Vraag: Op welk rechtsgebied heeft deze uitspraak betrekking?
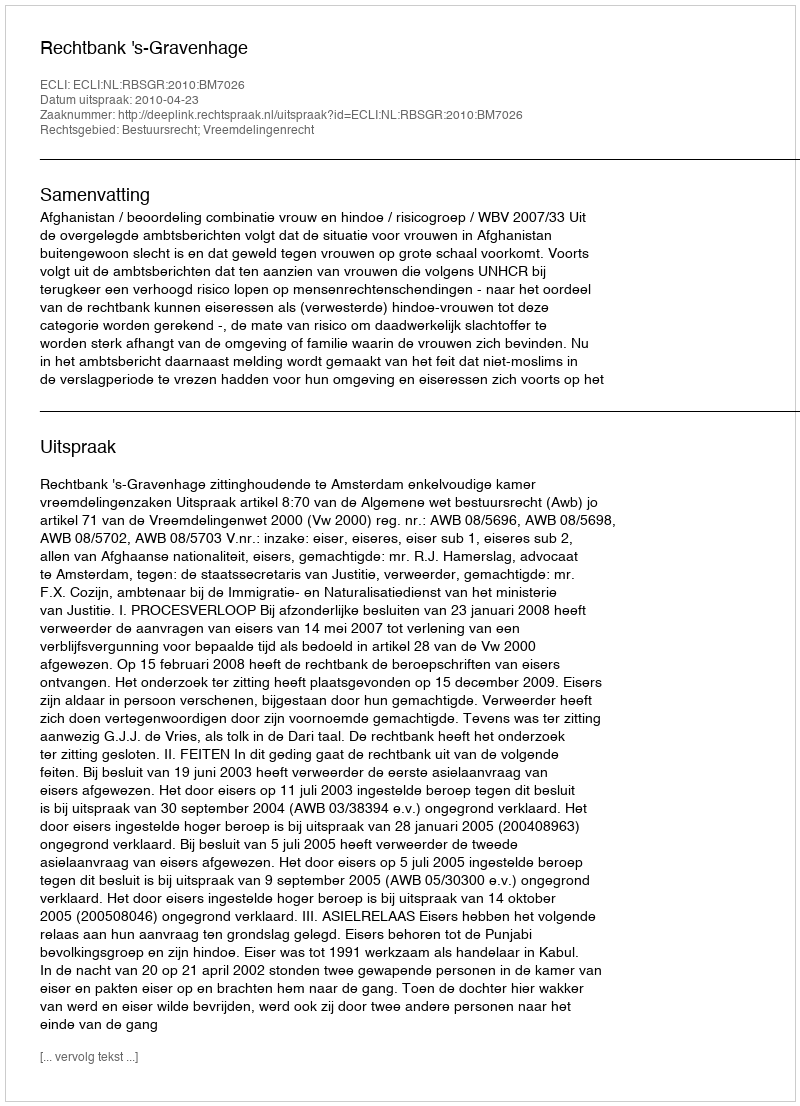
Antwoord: Bestuursrecht; Vreemdelingenrecht